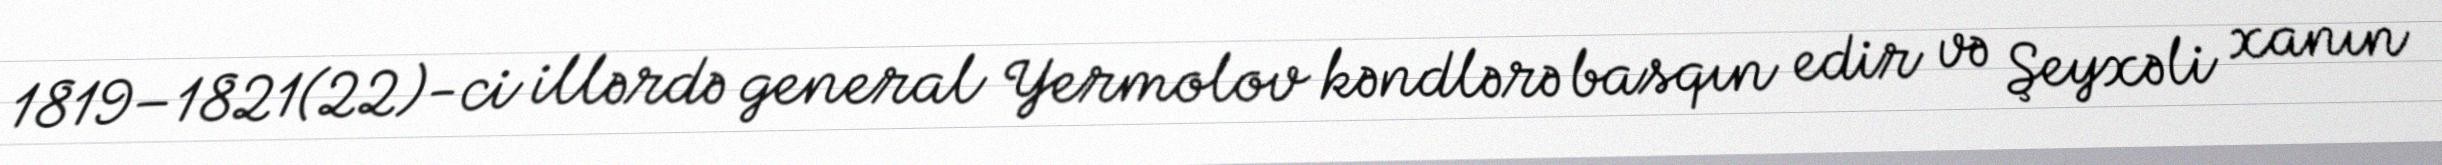
1819–1821(22)-ci illərdə general Yermolov kəndlərə basqın edir və Şeyxəli xanın